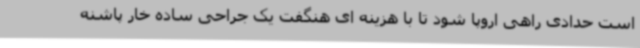
است حدادی راهی اروپا شود تا با هزینه ای هنگفت یک جراحی ساده خار پاشنه